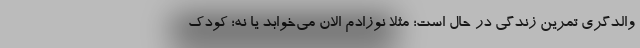
والدگری تمرین زندگی در حال است؛ مثلا نوزادم الان می‌خوابد یا نه؛ کودک